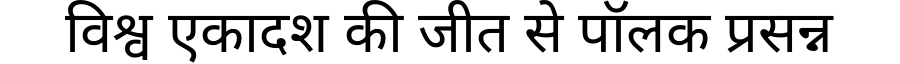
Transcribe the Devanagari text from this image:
विश्व एकादश की जीत से पॉलक प्रसन्न